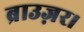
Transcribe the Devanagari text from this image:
ब्राउज़र।